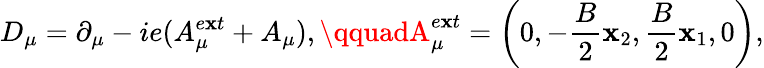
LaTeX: D_{\mu}=\partial_{\mu}-ie(A_{\mu}^{e\mathbf{x}t}+A_{\mu}),\qquadA_{\mu}^{e\mathbf{x}t}=\left(0,-\frac{{B}}{{2}}\mathbf{x}_{2},\frac{{B}}{{2}}\mathbf{x}_{1},0\right),